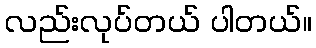
လည်းလုပ်တယ် ပါတယ်။